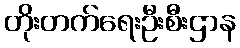
တိုးတက်ရေးဦးစီးဌာန